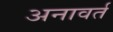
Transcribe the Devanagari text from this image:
अनावर्त